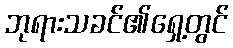
ဘုရားသခင်၏ရှေ့တွင်